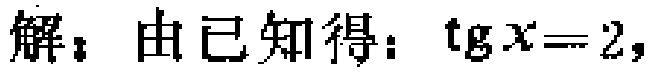
解：由已知得：\(\mathrm{tg}x = 2\)，